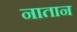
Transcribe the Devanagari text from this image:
नातान